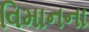
વિમાનના